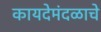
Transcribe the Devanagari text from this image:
कायदेमंदळाचे